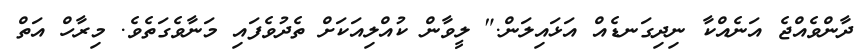
ދާންވެއްޖެ އަނެއްކާ ނިދިގަނޑެއް އަޅައިލަން." ލީވާން ކުއްލިއަކަށް ތެދުވެފައި މަނާވެގަތެވެ. މިރާހް އަތް